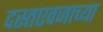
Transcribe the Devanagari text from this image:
दस्तएवजाच्या